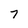
Character: 7